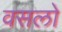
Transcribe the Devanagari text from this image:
वसलो